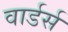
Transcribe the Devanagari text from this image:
वार्डर्स